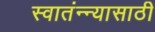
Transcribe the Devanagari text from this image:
स्वातंन्न्यासाठी